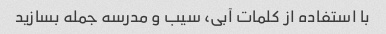
با استفاده از کلمات آبی، سیب و مدرسه جمله بسازید